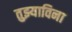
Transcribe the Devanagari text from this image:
तुझ्याविना